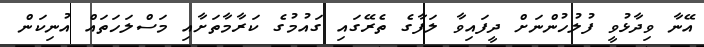
އޭނާ ވިދާޅުވީ ފުލުހުންނަށް ދީފައިވާ ލަފާގެ ތެރޭގައި ގައުމުގެ ކަރާމާތަށާއި މަސްލަހަތައް އުނިކަން